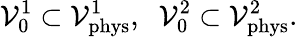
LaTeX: {\cal V}_{0}^{1}\subset{\cal V}_{\mathrm{phys}}^{1},\; \; {\cal V}_{0}^{2}\subset{\cal V}_{\mathrm{phys}}^{2}.